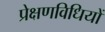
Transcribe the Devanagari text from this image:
प्रेक्षणविधियों